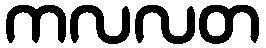
ကလလတ